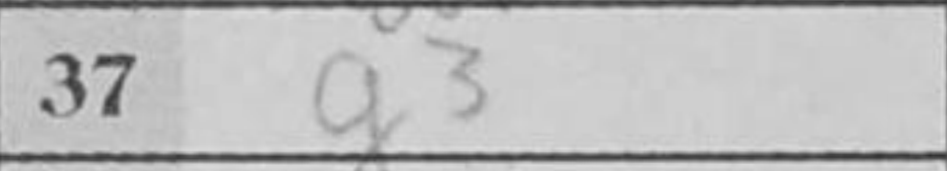
Transcription: g3